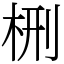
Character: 㭢